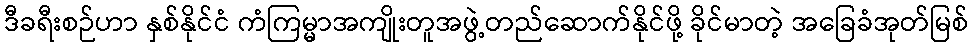
ဒီခရီးစဉ်ဟာ နှစ်နိုင်ငံ ကံကြမ္မာအကျိုးတူအဖွဲ့တည်ဆောက်နိုင်ဖို့ ခိုင်မာတဲ့ အခြေခံအုတ်မြစ်